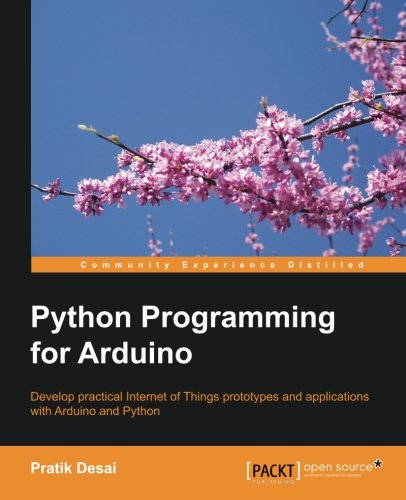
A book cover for Python Programming for Arduino; Pratik Desai; Computers & Technology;